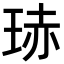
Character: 𭹍